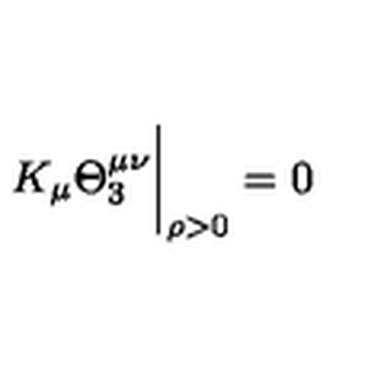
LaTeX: K _ { \mu } \Theta _ { 3 } ^ { \mu \nu } { \bigg | } _ { \rho > 0 } = 0